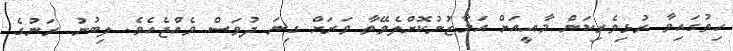
ހިތުގައިވާ ރުޅިވެރިކަން މާއީއަށް އަމާޒުނުކޮށްލެވޭތާ ވަރަށް ގިނަ ދުވަސް ވެއްޖެއެވެ. ލިބުނު ރަނުގެ